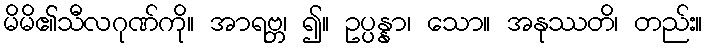
မိမိ၏သီလဂုဏ်ကို။ အာရဗ္ဘ၊ ၍။ ဥပ္ပန္နာ၊ သော။ အနုဿတိ၊ တည်း။